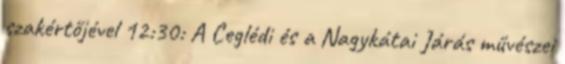
szakértőjével 12:30: A Ceglédi és a Nagykátai Járás művészei